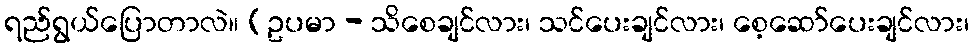
ရည်ရွယ်ပြောတာလဲ။ (ဥပမာ - သိစေချင်လား၊ သင်ပေးချင်လား၊ စေ့ဆော်ပေးချင်လား၊